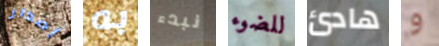
إصدار به نبدء للضوء هادئ و